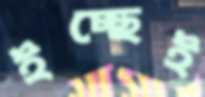
ইচ্ছেই